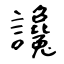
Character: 讒